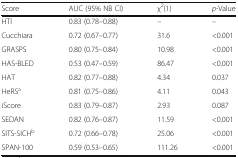
| Score | AUC (95% NB CI) | χ2(1) | p-Value |
 | --- | --- | --- | --- |
 | HTI | 0.83 (0.78–0.88) | – | – |
 | Cucchiara | 0.72 (0.67–0.77) | 31.6 | <0.001 |
 | GRASPS | 0.80 (0.75–0.84) | 10.98 | <0.001 |
 | HAS-BLED | 0.53 (0.47–0.59) | 86.47 | <0.001 |
 | HAT | 0.82 (0.77–0.88) | 4.34 | 0.037 |
 | HeRSa | 0.81 (0.75–0.86) | 4.11 | 0.043 |
 | iScore | 0.83 (0.79–0.87) | 2.93 | 0.087 |
 | SEDAN | 0.82 (0.76–0.87) | 11.59 | <0.001 |
 | SITS-SICHb | 0.72 (0.66–0.78) | 25.06 | <0.001 |
 | SPAN-100 | 0.59 (0.53–0.65) | 111.26 | <0.001 |